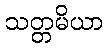
သတ္တမိယာ